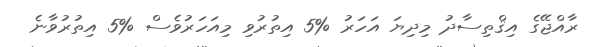
ރާއްޖޭގެ އިޤްތިސާދު މިދިޔަ އަހަރު %5 އިތުރުވި މިއަހަރުވެސް %5 އިތުރުވާނެ